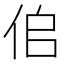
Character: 𠈆